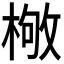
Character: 𣕌